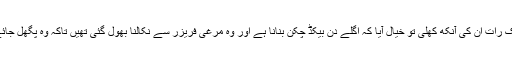
ایک رات اُن کی آنکھ کھلی تو خیال آیا کہ اگلے دن بیکڈ چکن بنانا ہے اور وہ مرغی فریزر سے نکالنا بھول گئی تھیں تاکہ وہ پگھل جائے۔